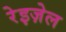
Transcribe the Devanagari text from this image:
रेइज़ेल